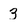
Character: 3